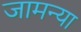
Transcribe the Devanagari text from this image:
जामन्या